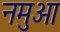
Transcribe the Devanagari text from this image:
नमुआ